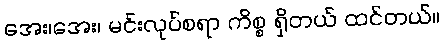
အေး၊အေး၊ မင်းလုပ်စရာ ကိစ္စ ရှိတယ် ထင်တယ်။